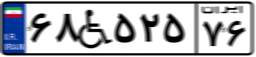
۶۸W۵۲۵۷۶